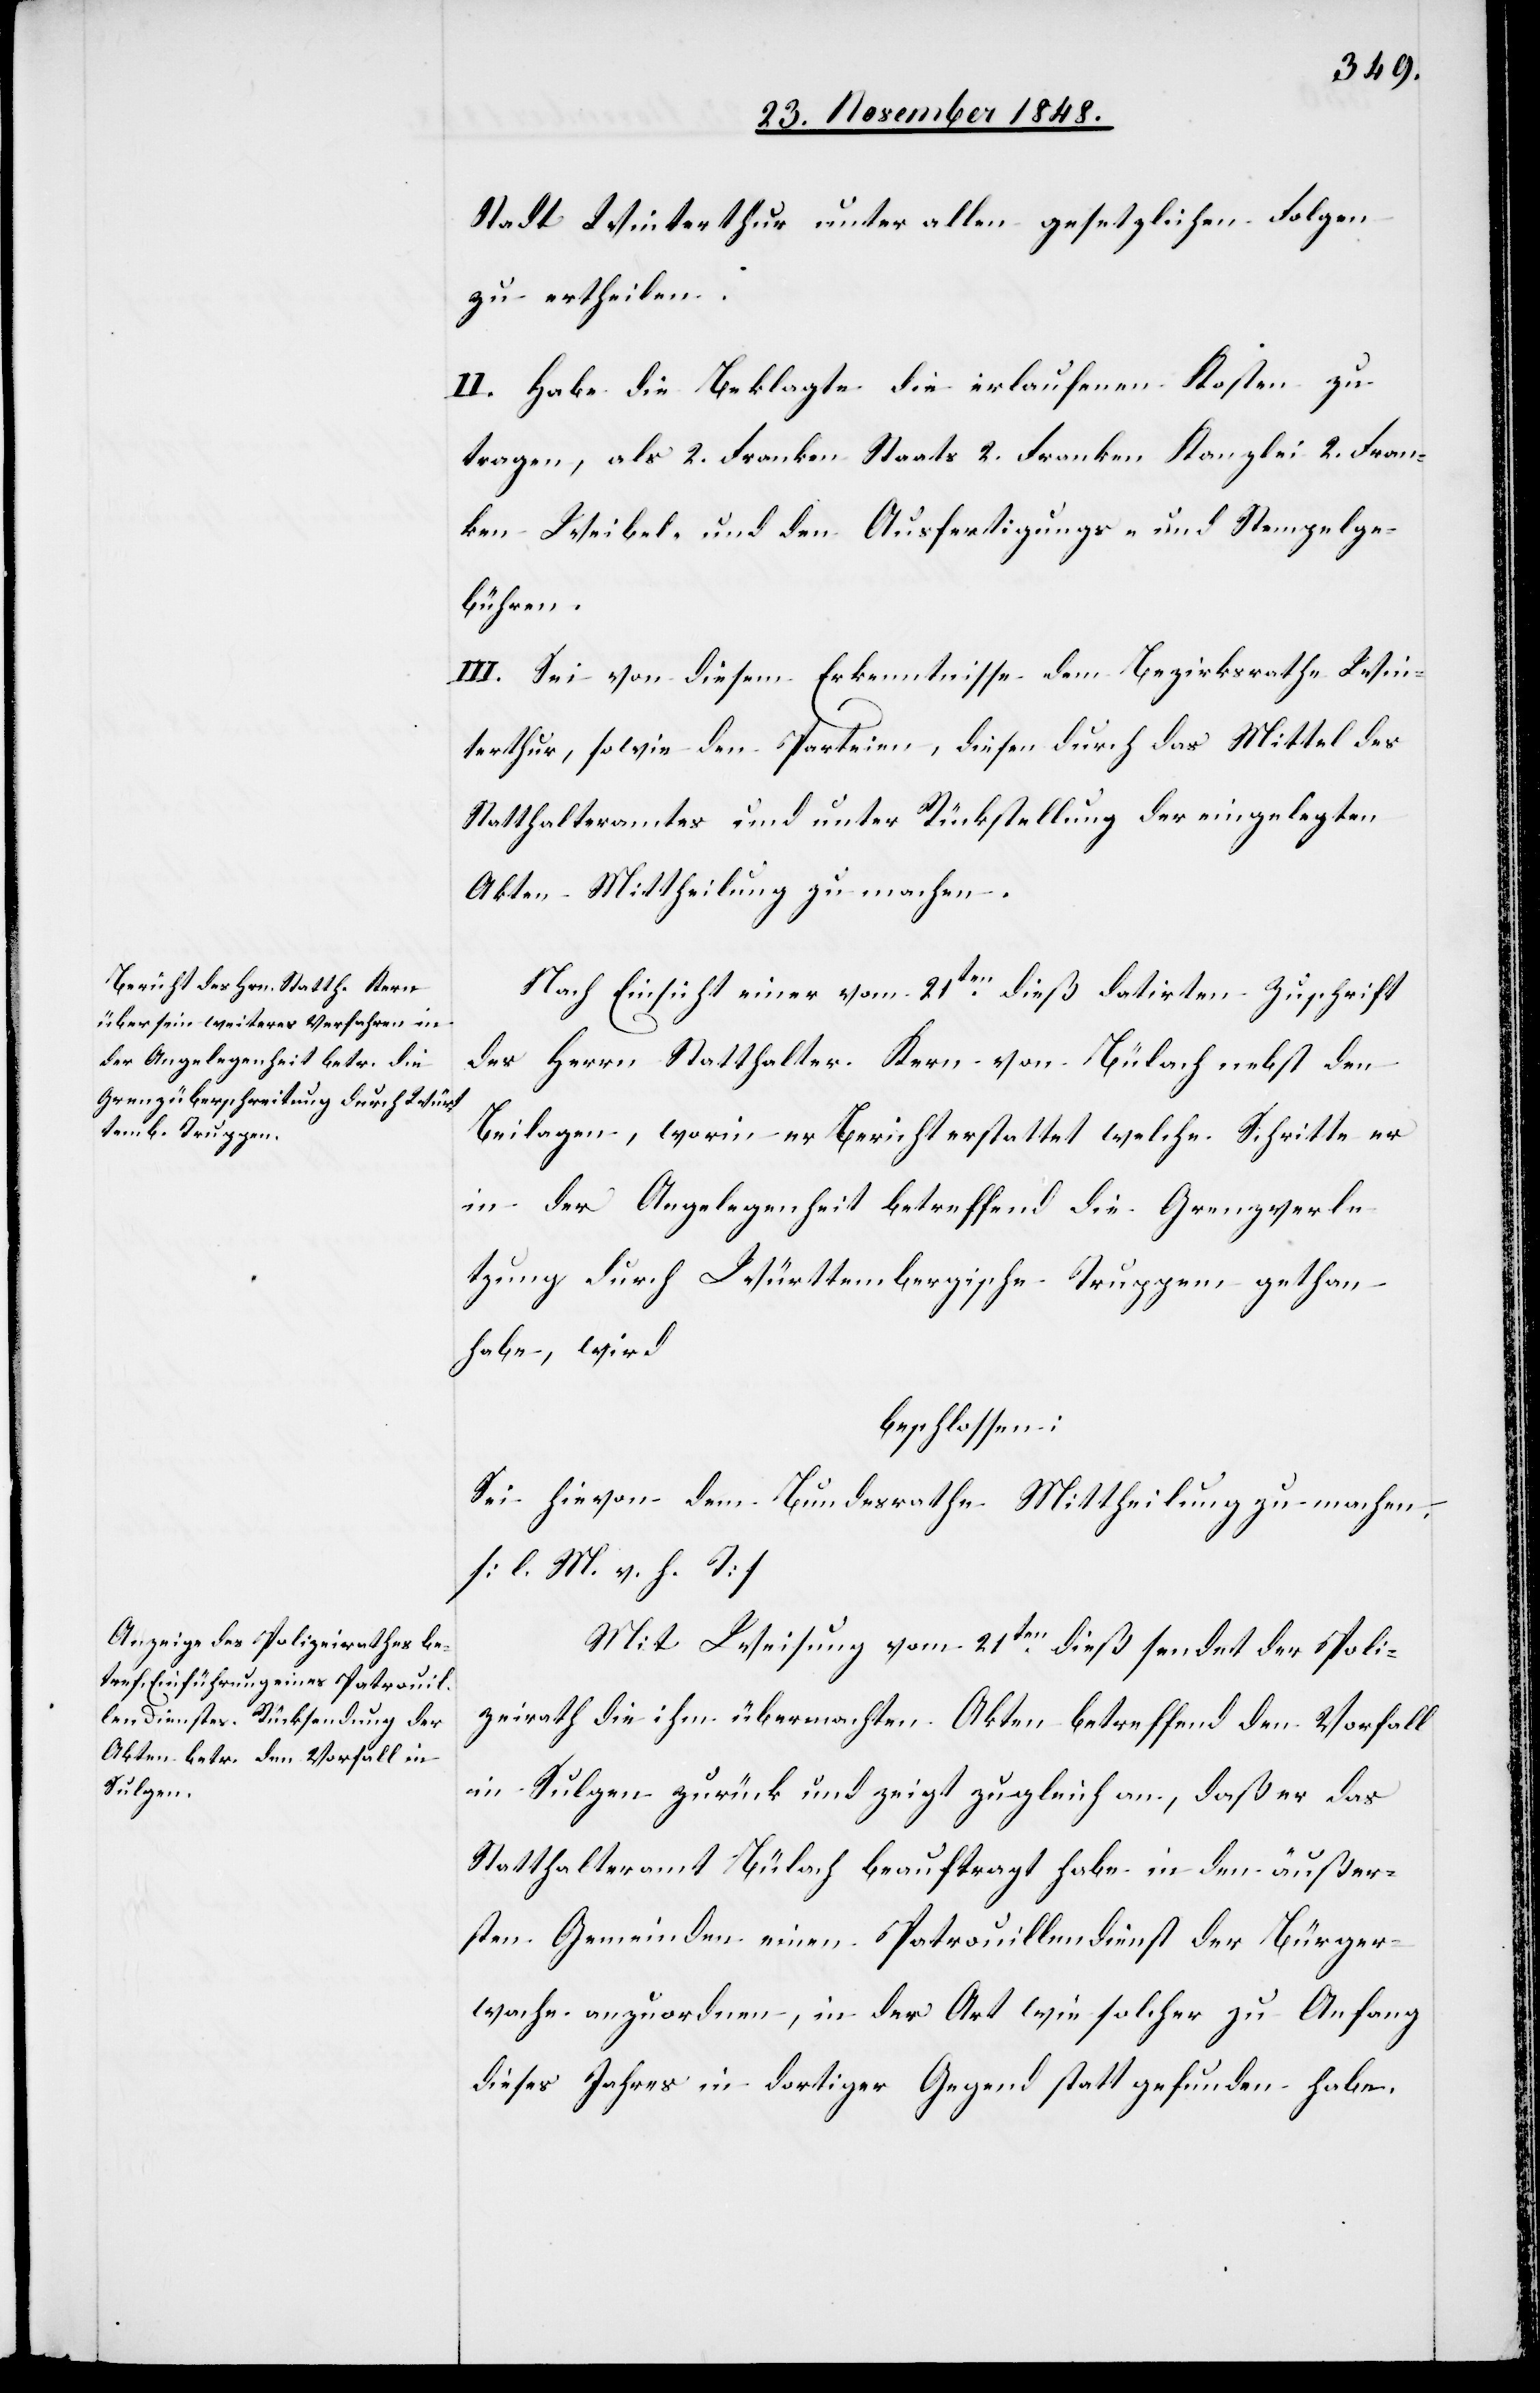
Stadt Winterthur unter allen gesetzlichen Folgen
zu ertheilen.
II. Habe die Beklagte die erlaufenen Kosten zu
tragen, als 2. Franken Staats 2. Franken Kanzlei 2. Fran¬
ken Weibel- und den Ausfertigungs- und Stempelge¬
bühren.
III. Sei von diesem Erkenntnisse dem Bezirksrathe Win¬
terthur, sowie den Parteien, diesen durch das Mittel des
Statthalteramtes und unter Rückstellung der eingelegten
Akten Mittheilung zu machen.
Nach Einsicht einer vom 21ten dieß datirten Zuschrift
des Herrn Statthalter Kern von Bülach nebst den
Beilagen, worin er Bericht erstattet welche Schritte er
in der Angelegenheit betreffend die Grenzverle¬
tzung durch Württembergische Truppen gethan
habe, wird
beschlossen:
Sei hievon dem Bundesrathe Mittheilung zu machen.
[l. M. v. h. T]
Mit Weisung vom 21ten dieß sendet der Poli¬
zeirath die ihm übermachten Akten betreffend den Vorfall
in Sulgen zurück und zeigt zugleich an, daß er das
Statthalteramt Bülach beauftragt habe in den äußer¬
sten Gemeinden einen Patrouillendienst der Bürger¬
wache anzuordnen, in der Art wie solcher zu Anfang
dieses Jahres in dortiger Gegend statt gefunden habe.